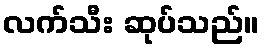
လက်သီး ဆုပ်သည်။